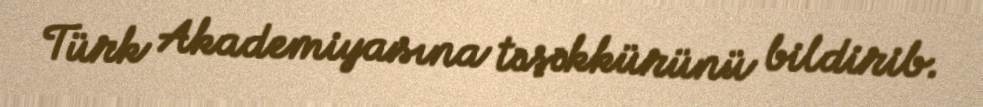
Türk Akademiyasına təşəkkürünü bildirib.